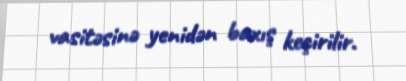
vasitəsinə yenidən baxış keçirilir.